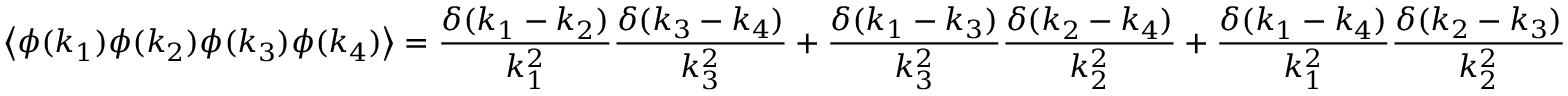
\left\langle \phi ( k _ { 1 } ) \phi ( k _ { 2 } ) \phi ( k _ { 3 } ) \phi ( k _ { 4 } ) \right\rangle = { \frac { \delta ( k _ { 1 } - k _ { 2 } ) } { k _ { 1 } ^ { 2 } } } { \frac { \delta ( k _ { 3 } - k _ { 4 } ) } { k _ { 3 } ^ { 2 } } } + { \frac { \delta ( k _ { 1 } - k _ { 3 } ) } { k _ { 3 } ^ { 2 } } } { \frac { \delta ( k _ { 2 } - k _ { 4 } ) } { k _ { 2 } ^ { 2 } } } + { \frac { \delta ( k _ { 1 } - k _ { 4 } ) } { k _ { 1 } ^ { 2 } } } { \frac { \delta ( k _ { 2 } - k _ { 3 } ) } { k _ { 2 } ^ { 2 } } }